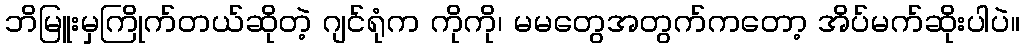
ဘိမြူးမှကြိုက်တယ်ဆိုတဲ့ ဂျင်ရုံက ကိုကို၊ မမတွေအတွက်ကတော့ အိပ်မက်ဆိုးပါပဲ။